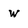
Character: w